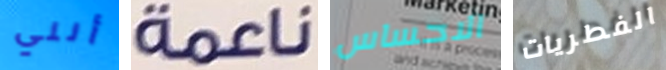
أنني ناعمة الاحساس الفطريات